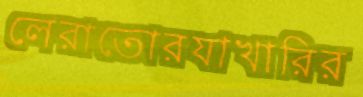
লেরাতোরযাখারির